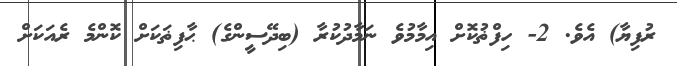
ރުފިޔާ) އެވެ. 2- ހިފްޡުކޮށް އިމާމުވެ ނަމާދުކުރާ (ބިދޭސީންގެ) ޙާފިޡަކަށް ކޮންމެ ރެއަކަށް